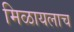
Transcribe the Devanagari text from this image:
मिळायलाच